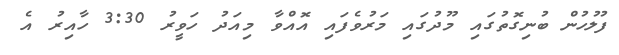
ފުލުހުން ބުނިގޮތުގައި މޫދުގައި މަރުވެފައި އޮއްވާ މިއަދު ހަވީރު 3:30 ހާއިރު އެ